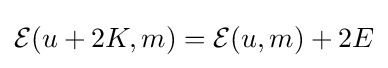
{\mathcal {E}}(u+2K,m)={\mathcal {E}}(u,m)+2E